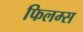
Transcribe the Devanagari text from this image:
फिलम्स